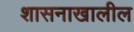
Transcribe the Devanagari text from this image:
शासनाखालील